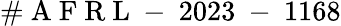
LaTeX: \# \mathrm{~A~F~R~L~-~}2023\mathrm{~-~}1168